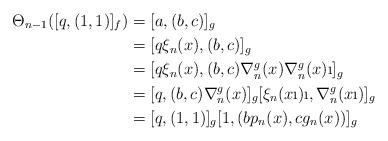
LaTeX: \begin{align*}\Theta_{n-1}([q,(1,1)]_f)&=[a,(b,c)]_g \\&=[q\xi_n(x),(b,c)]_g \\&=[q\xi_n(x),(b,c)\nabla^g_n(x)\nabla^g_n(x)\i]_g \\&=[q,(b,c)\nabla^g_n(x)]_g[\xi_n(x\i)\i,\nabla^g_n(x\i)]_g \\&=[q,(1,1)]_g[1,(bp_n(x),cg_n(x))]_g\end{align*}